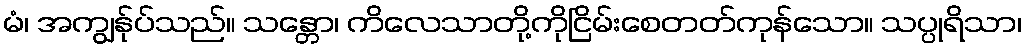
မံ၊ အကျွန်ုပ်သည်။ သန္တော၊ ကိလေသာတို့ကိုငြိမ်းစေတတ်ကုန်သော။ သပ္ပုရိသာ၊